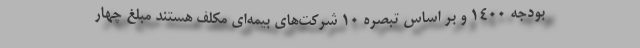
بودجه 1400 و بر اساس تبصره 10 شرکت‌های بیمه‌ای مکلف هستند مبلغ چهار